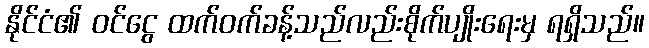
နိုင်ငံ၏ ဝင်ငွေ ထက်ဝက်ခန့်သည်လည်းစိုက်ပျိုးရေးမှ ရရှိသည်။